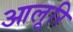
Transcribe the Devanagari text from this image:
आलूरि